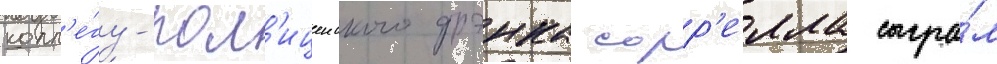
колл'е́гу-пол'ицеиского фрэнка сорр'елла сыгра́л